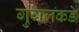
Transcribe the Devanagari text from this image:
गुगलकडे